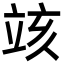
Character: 𥩲